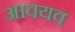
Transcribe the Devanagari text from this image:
आवयव